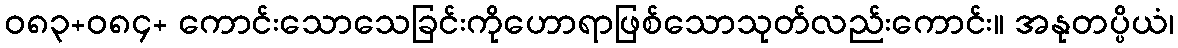
ဝ၈၃+၀၈၄+ ကောင်းသောသေခြင်းကိုဟောရာဖြစ်သောသုတ်လည်းကောင်း။ အနုတပ္ပိယံ၊